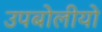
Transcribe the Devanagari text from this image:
उपबोलीयो